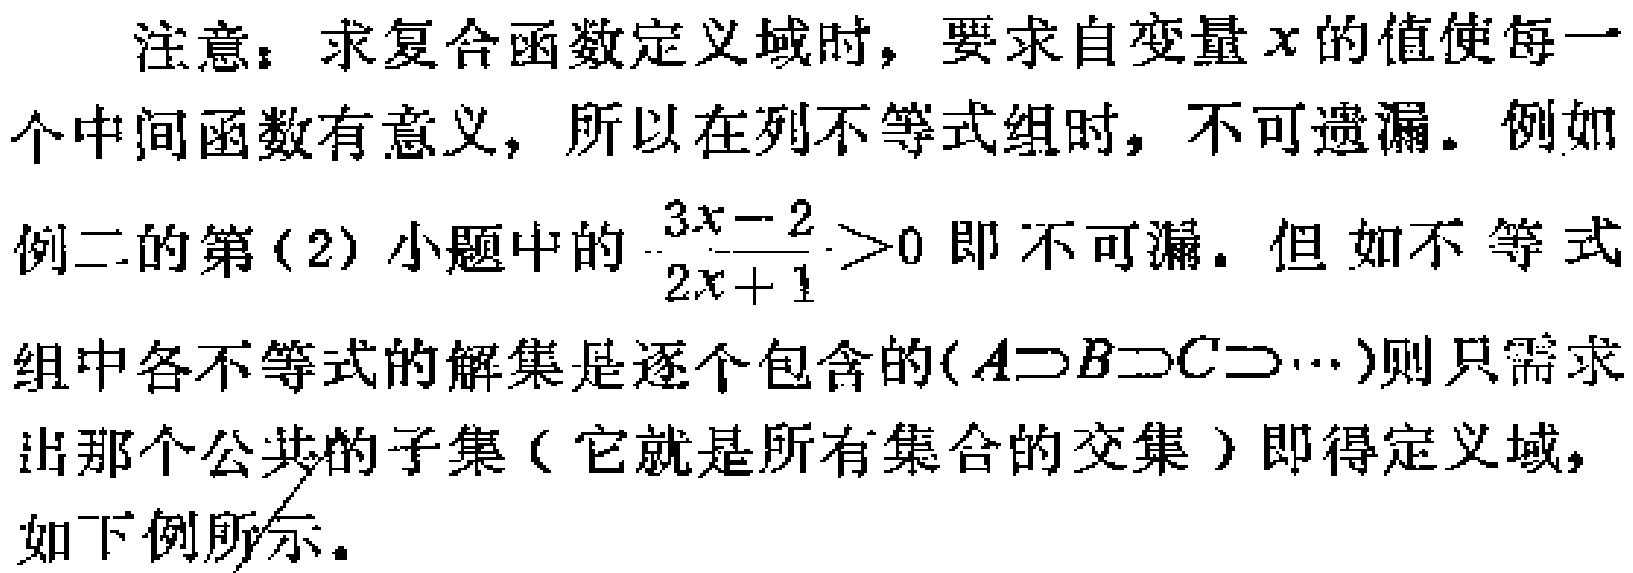
注意：求复合函数定义域时，要求自变量\(x\)的值使每一个中间函数有意义，所以在列不等式组时，不可遗漏。例如例二的第（2）小题中的\(\frac{3x - 2}{2x + 1}>0\)即不可漏。但如不等式组中各不等式的解集是逐个包含的(\(A\supset B\supset C\supset\cdots\))则只需求出那个公共的子集（它就是所有集合的交集）即得定义域，如下例所示。